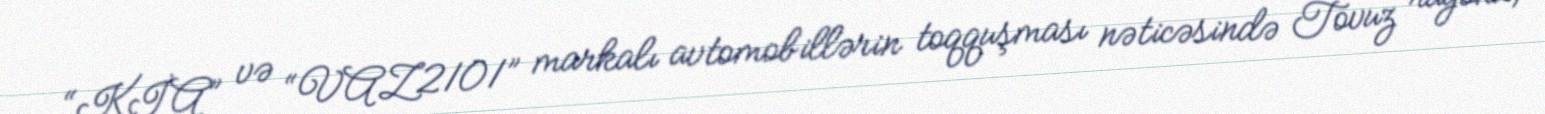
“KİA” və “VAZ2101” markalı avtomobillərin toqquşması nəticəsində Tovuz rayonu,